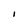
Character: I